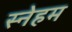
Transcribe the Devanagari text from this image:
स्नेहम